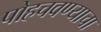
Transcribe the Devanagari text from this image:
पोहचवण्याचा